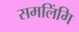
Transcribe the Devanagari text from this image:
समलिंगि